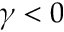
\gamma < 0